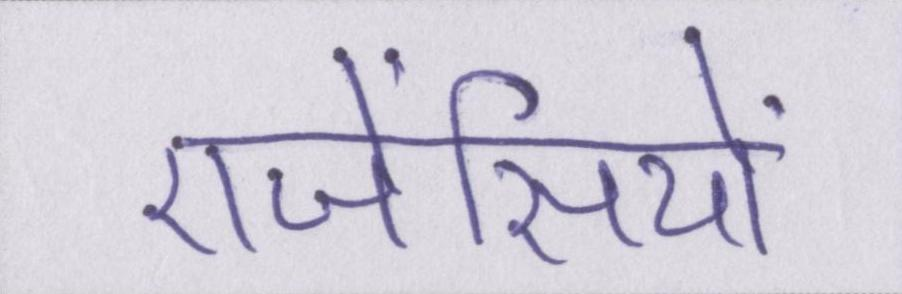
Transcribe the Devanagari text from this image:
एजेंसियों